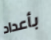
بأعداد